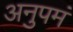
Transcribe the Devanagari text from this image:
अनुपमं